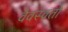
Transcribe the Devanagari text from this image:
वैवस्वतो